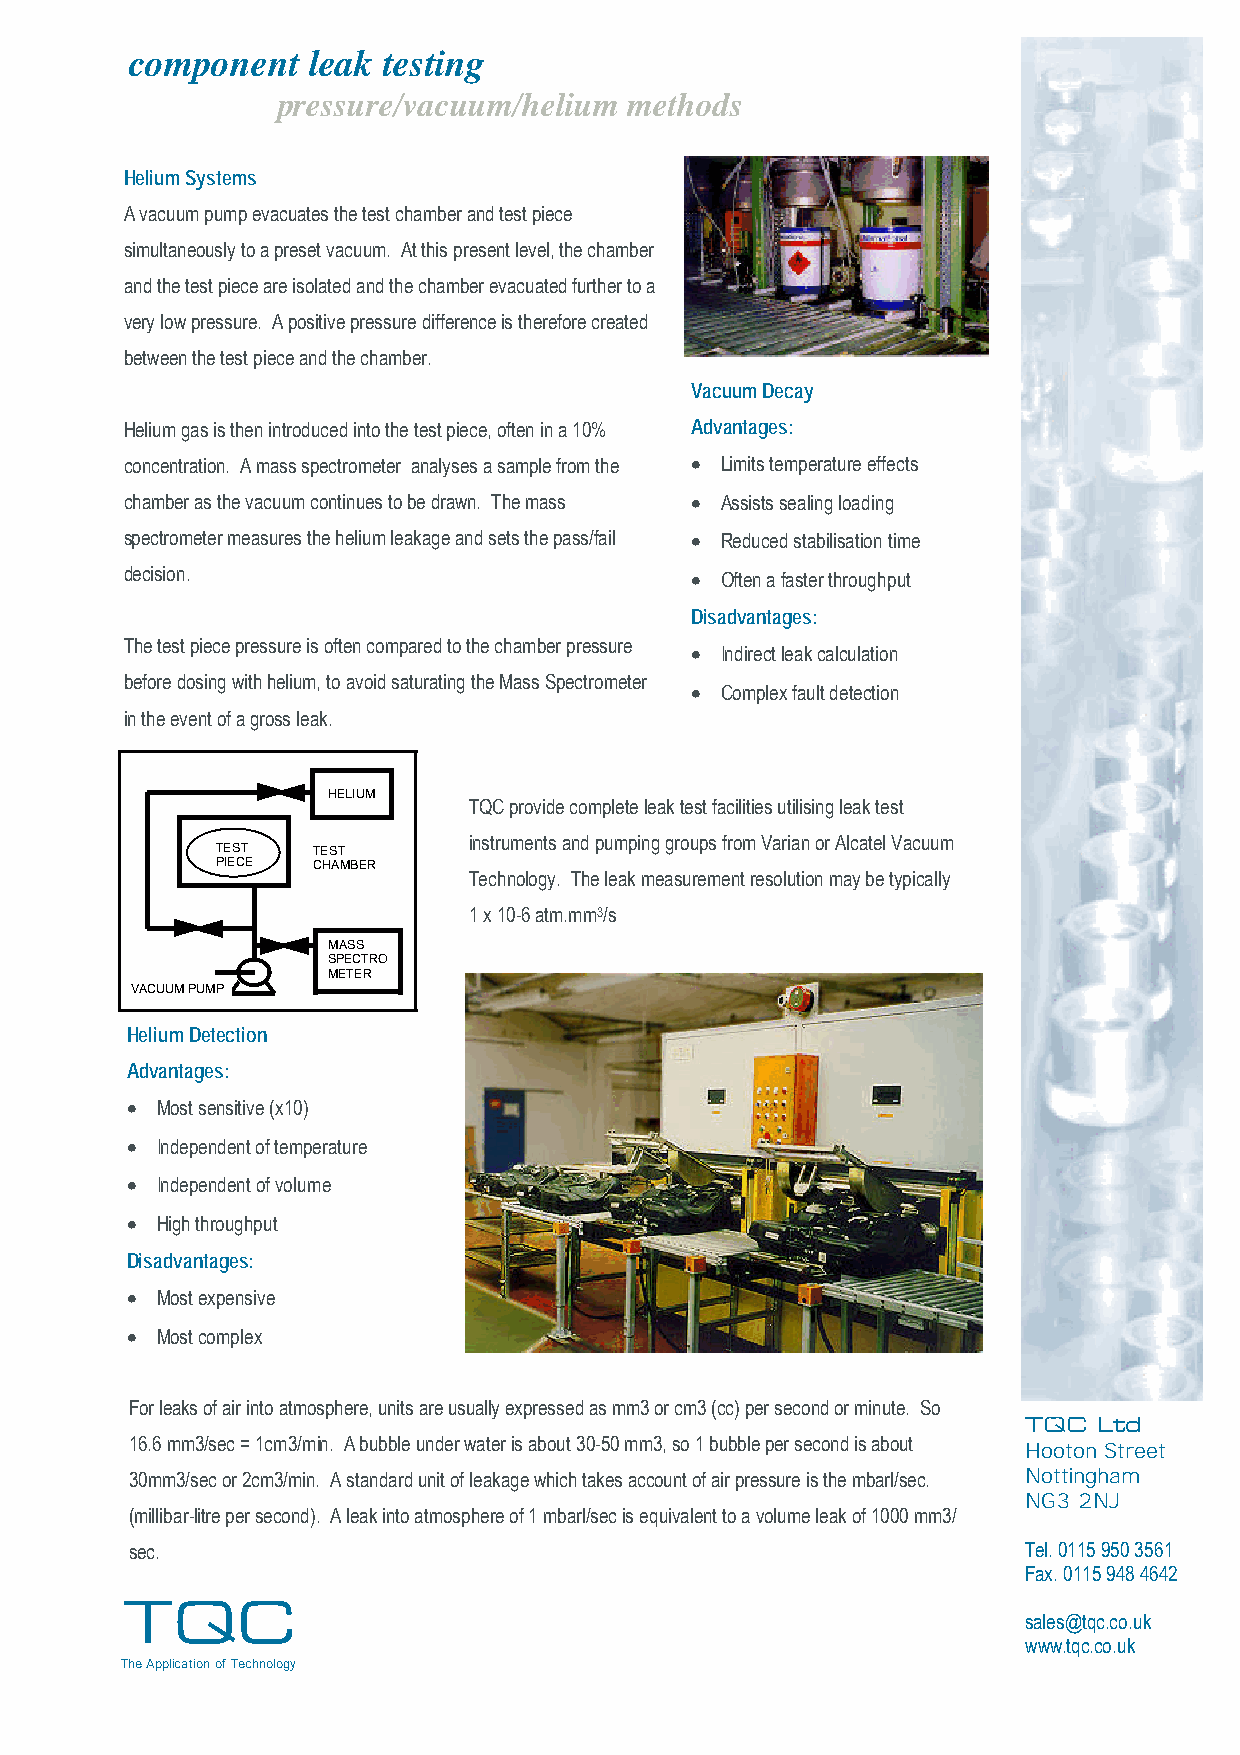
component  leak testing
 pressure/vacuum/helium  methods
 Helium Systems
 A vacuum pump evacuates the test chamber and test piece
 simultaneously to a preset vacuum. At this present level, the chamber
 and the test piece are isolated and the chamber evacuated further to a
 very low pressure. A positive pressure difference is therefore created
 between the test piece and the chamber.
 Vacuum Decay
 Helium gas is then introduced into the test piece, often in a 10% Advantages:
 concentration. A mass spectrometer analyses a sample from the • Limits temperature effects
 chamber as the vacuum continues to be drawn. The mass • Assists sealing loading
 spectrometer measures the helium leakage and sets the pass/fail • Reduced stabilisation time
 decision.                             • Often a faster throughput
 Disadvantages:
 The test piece pressure is often compared to the chamber pressure • Indirect leak calculation
 before dosing with helium, to avoid saturating the Mass Spectrometer • Complex fault detection
 in the event of a gross leak.
 HELIUM
 TQC provide complete leak test facilities utilising leak test
 instruments and pumping groups from Varian or Alcatel Vacuum
 TEST   TEST
 PIECE  CHAMBER
 Technology. The leak measurement resolution may be typically
 1 x 10-6 atm.mm3/s
 MASS
 SPECTRO
 METER
 VACUUM PUMP
 Helium Detection
 Advantages:
 • Most sensitive (x10)
 • Independent of temperature
 • Independent of volume
 • High throughput
 Disadvantages:
 • Most expensive
 • Most complex
 For leaks of air into atmosphere, units are usually expressed as mm3 or cm3 (cc) per second or minute. So
 TQC  Ltd
 16.6 mm3/sec = 1cm3/min. A bubble under water is about 30-50 mm3, so 1 bubble per second is about
 Hooton Street
 30mm3/sec or 2cm3/min. A standard unit of leakage which takes account of air pressure is the mbarl/sec. Nottingham
 NG3 2NJ
 (millibar-litre per second). A leak into atmosphere of 1 mbarl/sec is equivalent to a volume leak of 1000 mm3/
 sec.                                                       Tel. 0115 950 3561
 Fax. 0115 948 4642
 TQC
 sales@tqc.co.uk
 www.tqc.co.uk
 The Application of Technology